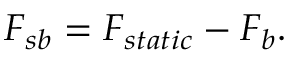
F _ { s b } = F _ { s t a t i c } - F _ { b } .